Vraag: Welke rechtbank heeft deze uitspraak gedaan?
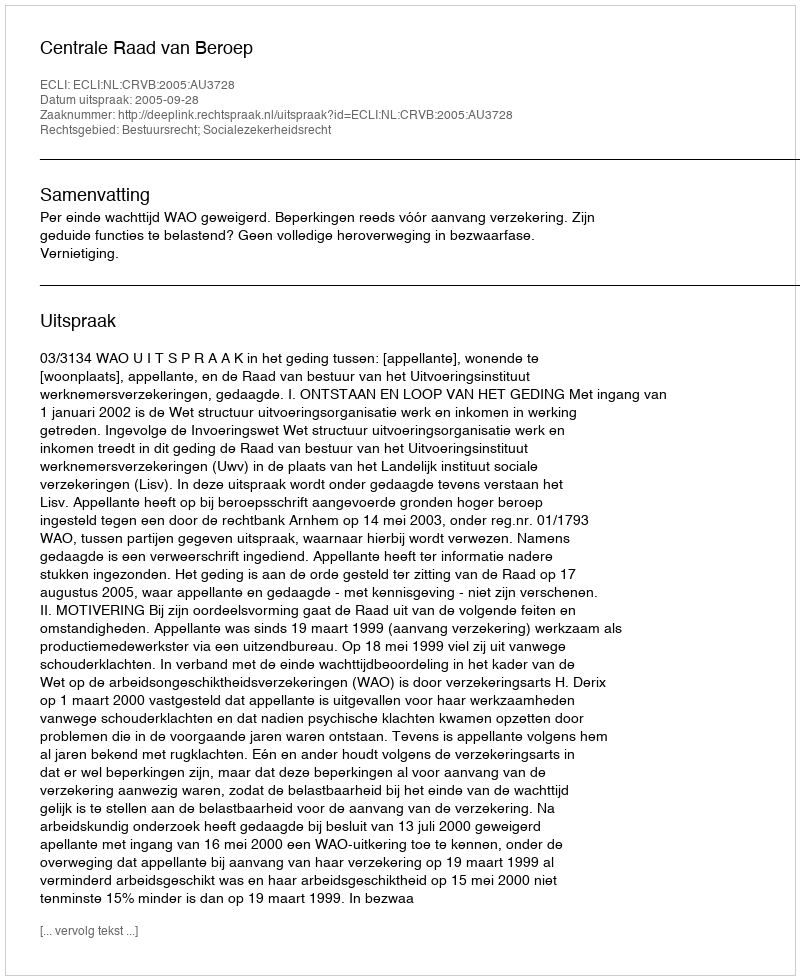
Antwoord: Centrale Raad van Beroep